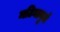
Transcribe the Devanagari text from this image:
मटियाबुर्ज